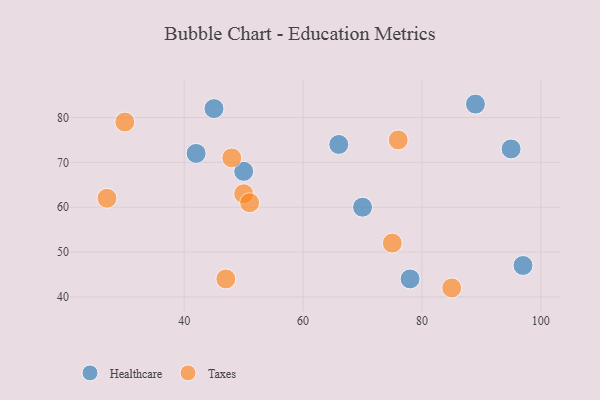
{"axis": {"x": "GDP", "y": "Life Expectancy"}, "legend": ["Healthcare", "Taxes"], "data": [{"x": "50", "y": 68, "type": "Healthcare"}, {"x": "89", "y": 83, "type": "Healthcare"}, {"x": "97", "y": 47, "type": "Healthcare"}, {"x": "45", "y": 82, "type": "Healthcare"}, {"x": "70", "y": 60, "type": "Healthcare"}, {"x": "66", "y": 74, "type": "Healthcare"}, {"x": "78", "y": 44, "type": "Healthcare"}, {"x": "42", "y": 72, "type": "Healthcare"}, {"x": "95", "y": 73, "type": "Healthcare"}, {"x": "27", "y": 62, "type": "Taxes"}, {"x": "50", "y": 63, "type": "Taxes"}, {"x": "75", "y": 52, "type": "Taxes"}, {"x": "51", "y": 61, "type": "Taxes"}, {"x": "47", "y": 44, "type": "Taxes"}, {"x": "76", "y": 75, "type": "Taxes"}, {"x": "30", "y": 79, "type": "Taxes"}, {"x": "48", "y": 71, "type": "Taxes"}, {"x": "85", "y": 42, "type": "Taxes"}]}